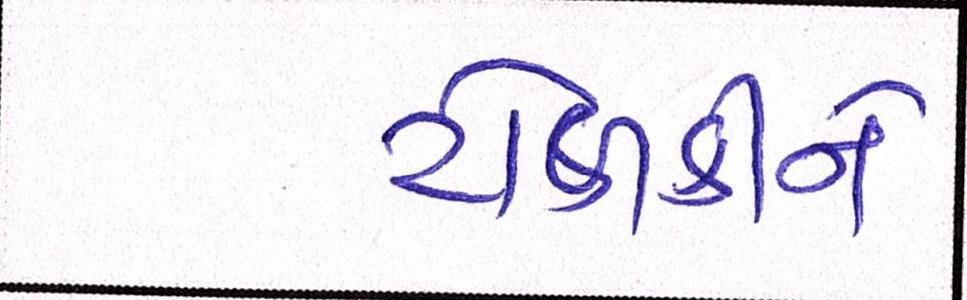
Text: ટોળકીને